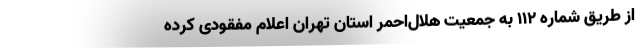
از طریق شماره ۱۱۲ به جمعیت هلال‌احمر استان تهران اعلام مفقودی کرده